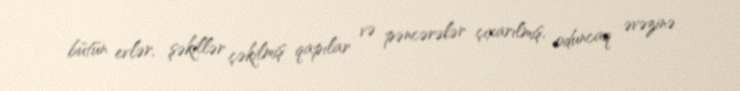
bütün evlər, şəkillər çəkilmiş qapılar və pəncərələr çıxarılmış, oduncaq əvəzinə